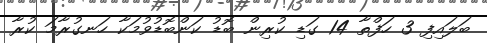
ބަލައިފި 3 ހަފްތާ 14 ގަޑި ކުރިން ބޮޑު ކަންބޮޑުވުމަކާ ހަނގުރާމަ ކުރާ